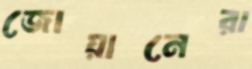
জোয়ানেরা